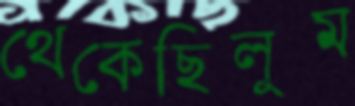
থেকেছিলুম